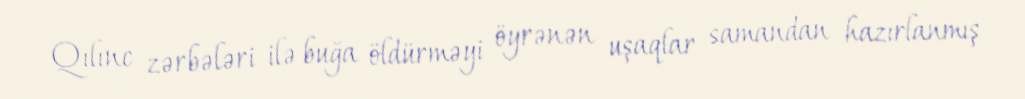
Qılınc zərbələri ilə buğa öldürməyi öyrənən uşaqlar samandan hazırlanmış